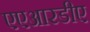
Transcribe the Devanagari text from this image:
एएआरडीए